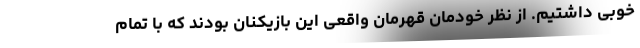
خوبی داشتیم. از نظر خودمان قهرمان واقعی این بازیکنان بودند که با تمام